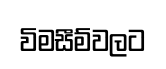
විමසීම්වලට